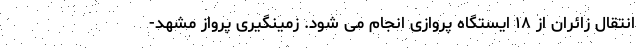
انتقال زائران از ۱۸ ایستگاه پروازی انجام می شود. زمینگیری پرواز مشهد-